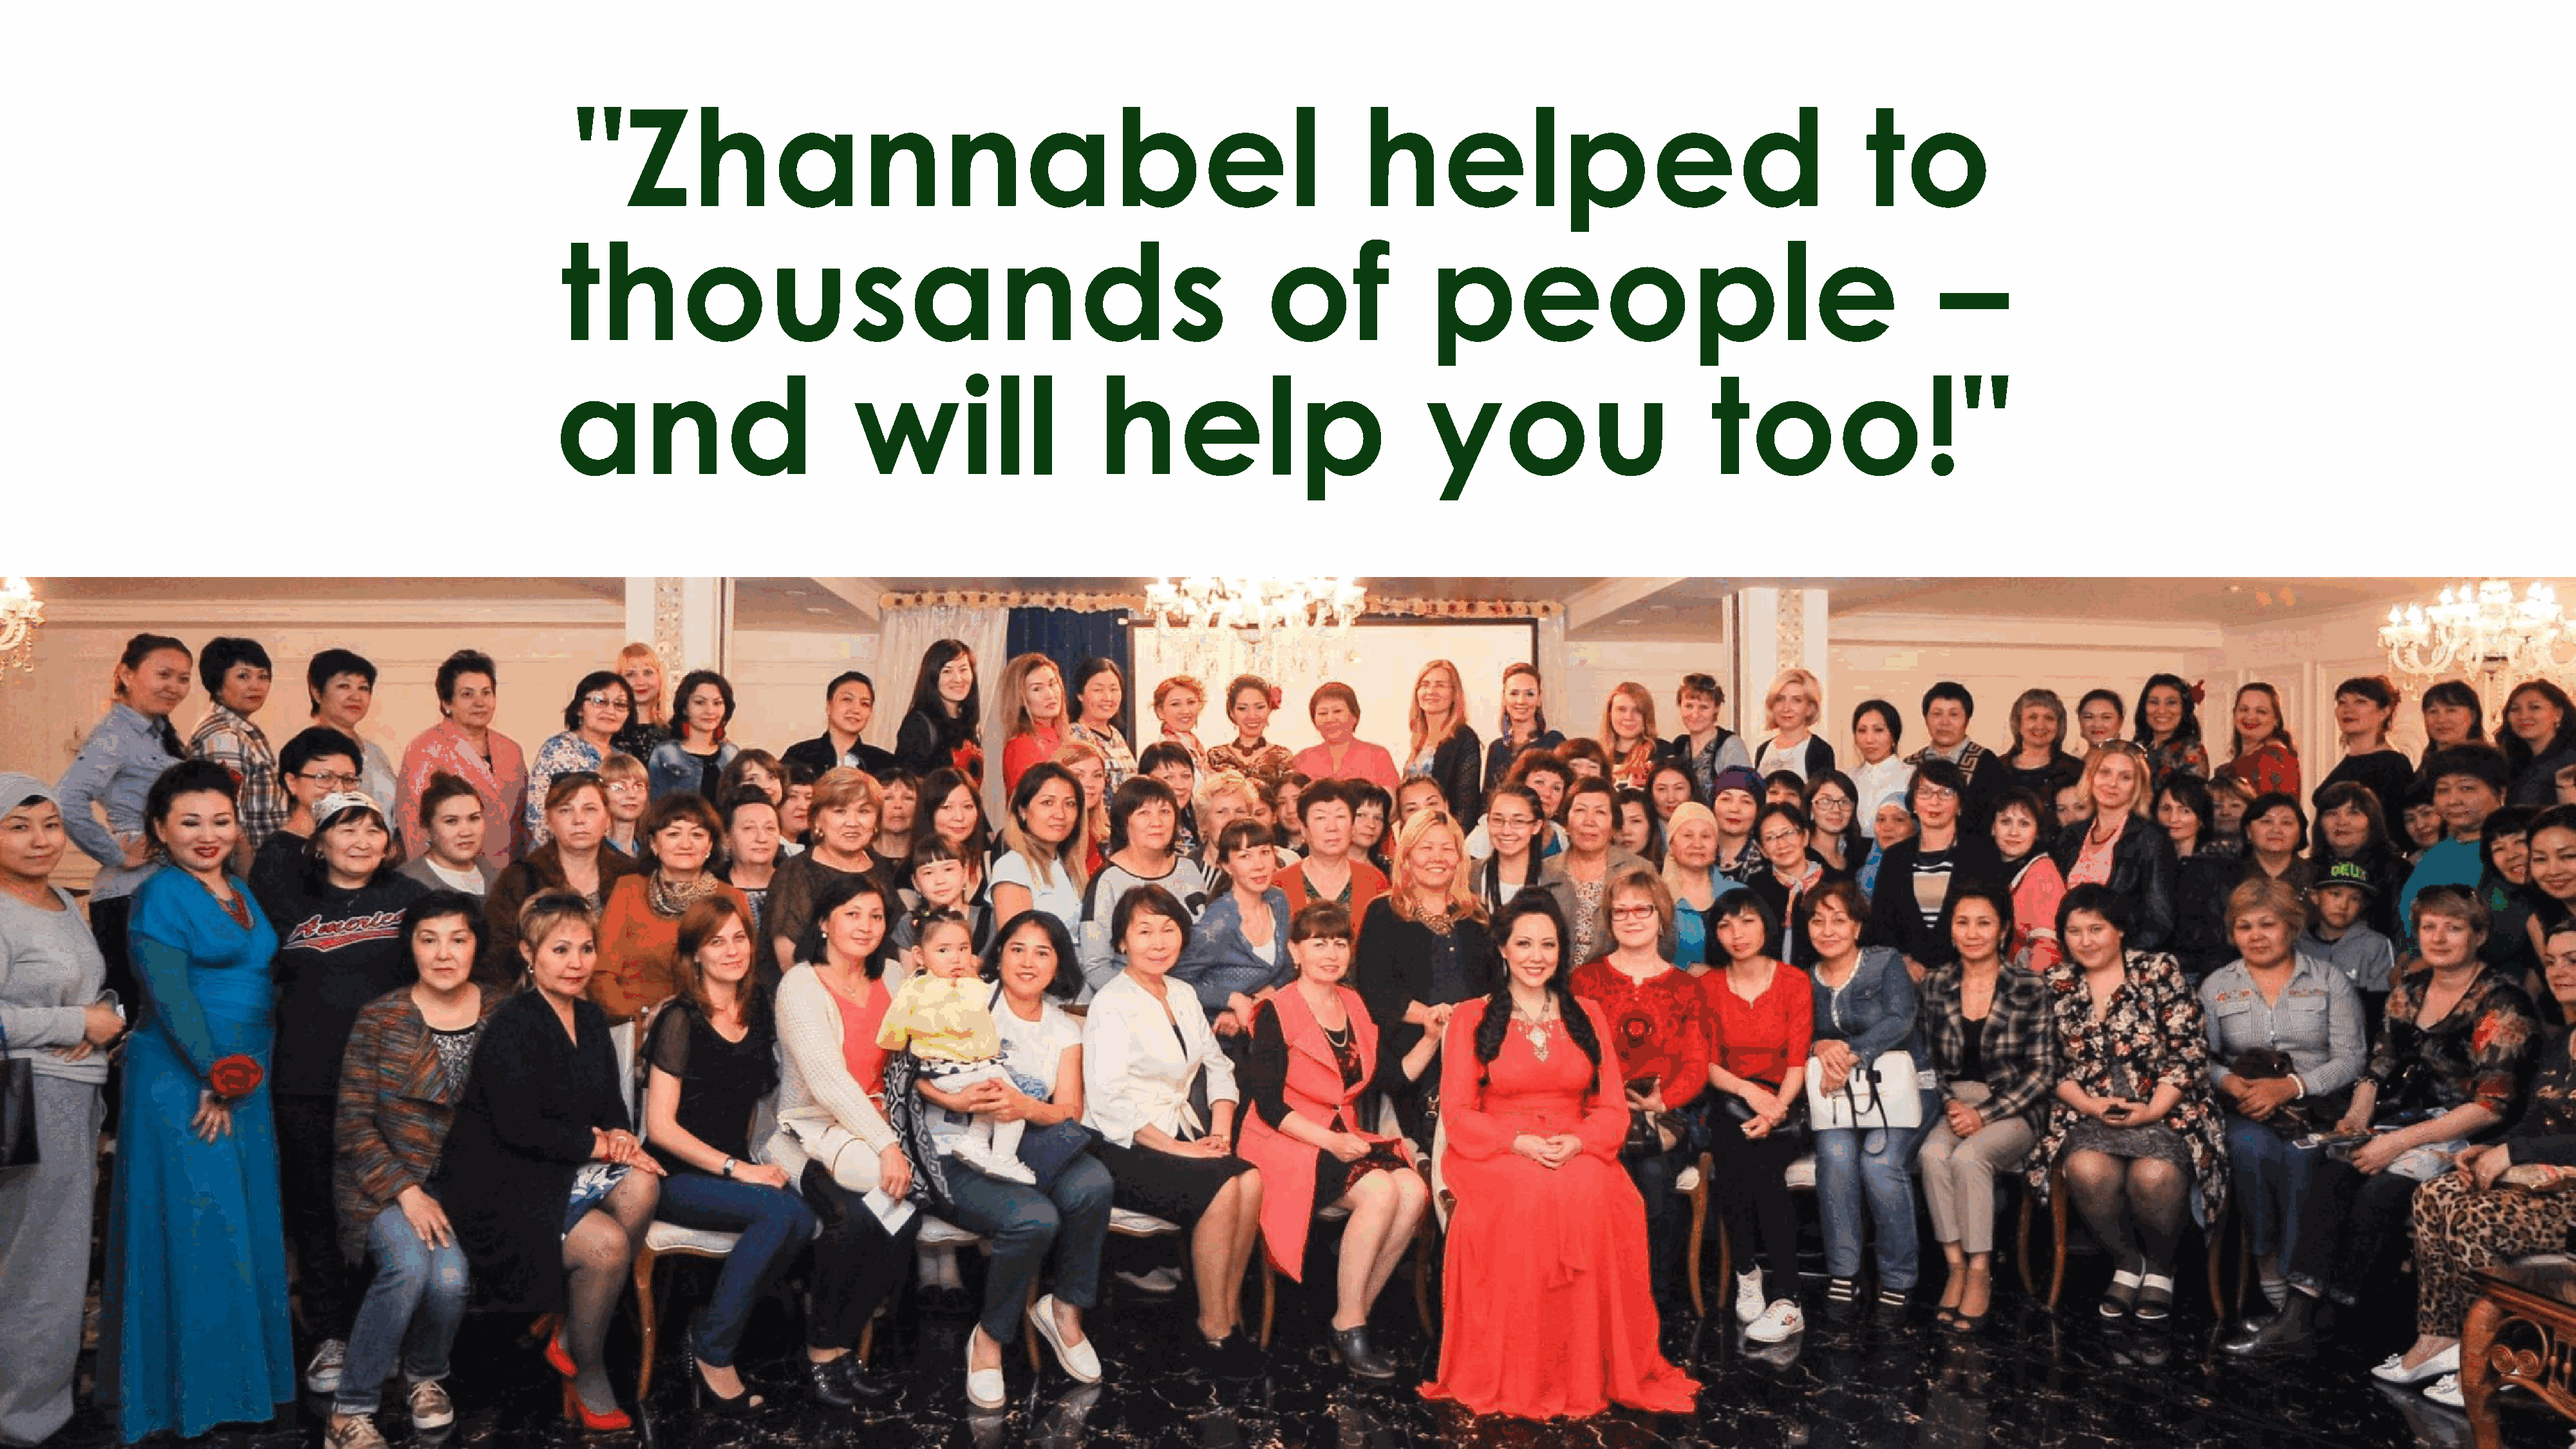
8
 "Zhannabel                                                                       helped                                              to
 thousands                                                               of               people                                               –
 and                            will                     help                              you                          too!"